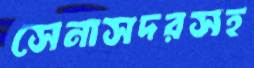
সেনাসদরসহ